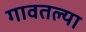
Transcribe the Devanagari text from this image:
गावतल्या